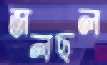
জলছল